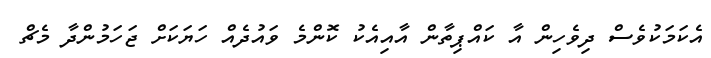
އެކަމަކުވެސް ދިވެހިން އާ ކައްޕިތާން އާއިއެކު ކޮންމެ ވައުދެއް ހަޔަކަށް ޖަހަމުންދާ މެޗް